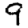
Digit: 9